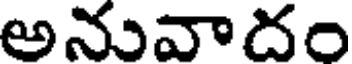
అనువాదం